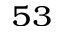
^ { 5 3 }